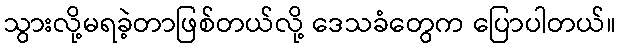
သွားလို့မရခဲ့တာဖြစ်တယ်လို့ ဒေသခံတွေက ပြောပါတယ်။